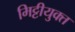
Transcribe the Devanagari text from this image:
मिट्टीयुक्त